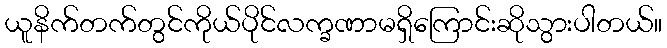
ယူနိက်တက်တွင်ကိုယ်ပိုင်လက္ခဏာမရှိကြောင်းဆိုသွားပါတယ်။